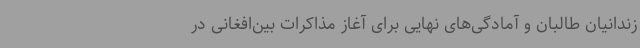
زندانیان طالبان و آمادگی‌های نهایی برای آغاز مذاکرات بین‌افغانی در